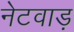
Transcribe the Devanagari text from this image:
नेटवाड़